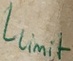
Text: Llimit